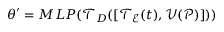
\begin{array} { r } { \theta ^ { \prime } = M L P ( \mathcal { T } _ { D } ( [ \mathcal { T } _ { \mathcal { E } } ( t ) , \mathcal { V } ( \mathcal { P } ) ] ) ) } \end{array}